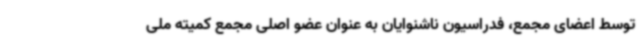
توسط اعضای مجمع، فدراسیون ناشنوایان به عنوان عضو اصلی مجمع کمیته ملی